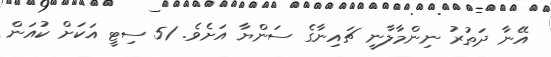
އޭނާ ދަތުރު ނިންމާލާނީ ޗައިނާގެ ސަންޔާ އަށެވެ. 51 ސިޓީ އަކަށް ކުއަން